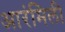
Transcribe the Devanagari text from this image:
आरंमिली